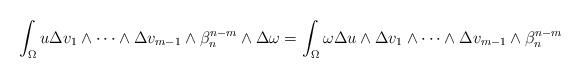
LaTeX: \begin{align*} \int_\Omega u\Delta v_1\wedge\dots\wedge \Delta v_{m-1}\wedge\beta_n^{n-m}\wedge\Delta \omega=\int_\Omega \omega\Delta u\wedge\Delta v_1\wedge\dots\wedge \Delta v_{m-1}\wedge\beta_n^{n-m} \end{align*}